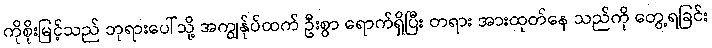
ကိုစိုးမြင့်သည် ဘုရားပေါ်သို့ အကျွန်ုပ်ထက် ဦးစွာ ရောက်ရှိပြီး တရား အားထုတ်နေ သည်ကို တွေ့ရခြင်း